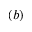
( b )